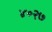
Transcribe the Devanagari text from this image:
४०२७